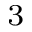
^ { 3 }